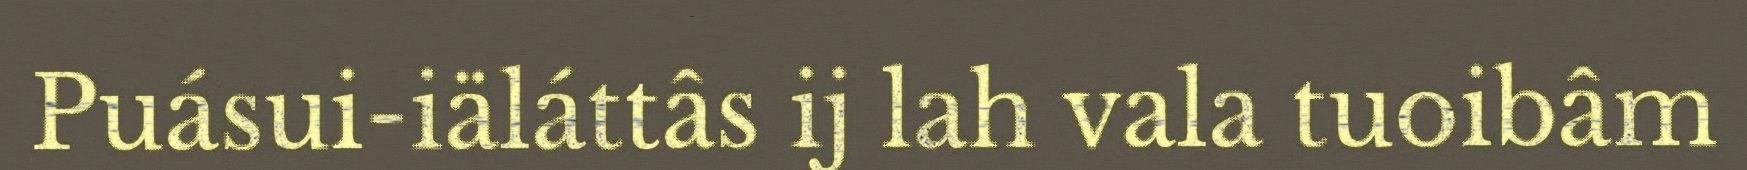
Puásui-iäláttâs ij lah vala tuoibâm